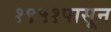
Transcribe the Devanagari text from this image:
१९५१पासून